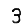
Digit: 3